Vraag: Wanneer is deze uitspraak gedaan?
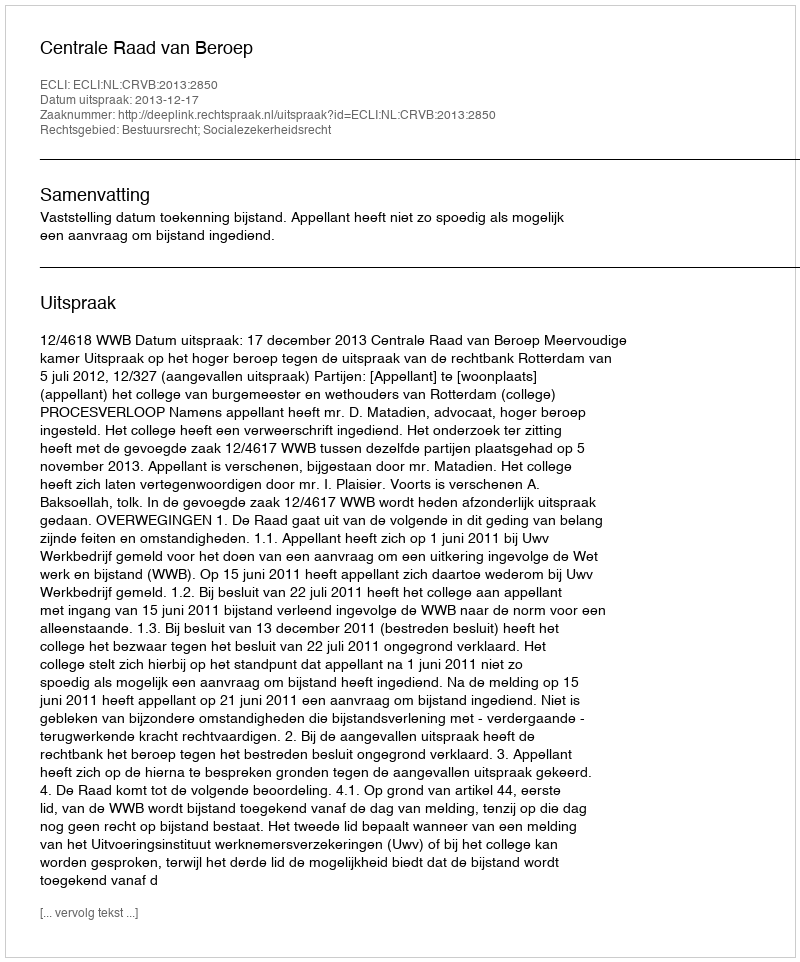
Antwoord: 2013-12-17